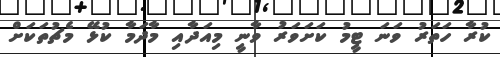
ކުރާ ހަތަރު ވަނަ ޓީމު ކަށަވަރު ވާނީ މިއަދާއި މާދަމާ ކުޅޭ މެޗުތަކަށް